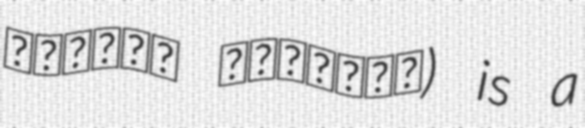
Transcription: دهستان بازرجان) is a